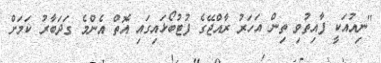
"ނިއުއަކީ ފާއިތުވި ތިން އަހަރު ރާއްޖޭގެ ފުޓުބޯޅައިގައި އޮތް އެންމެ ގަދަބާރު ކަމަށް